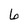
Character: 6